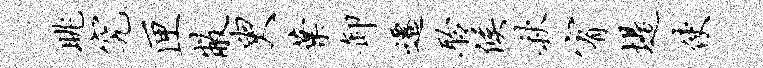
眺究匣敝臾叶卸迁聆候秋宥堤使